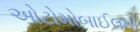
ઓટોમોબાઈલની